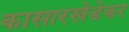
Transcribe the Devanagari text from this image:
कासारखेडेकर